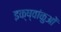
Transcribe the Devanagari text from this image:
इक्ष्वांकुओं